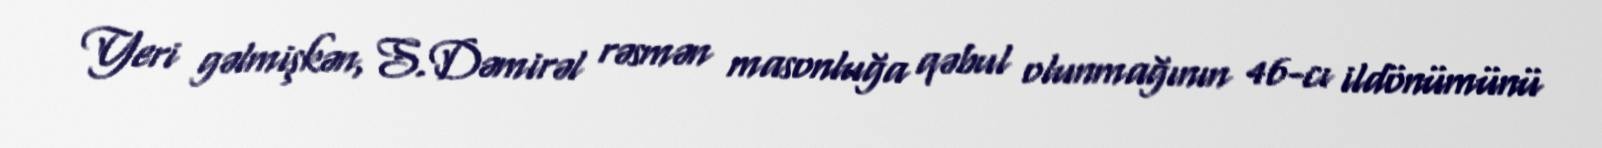
Yeri gəlmişkən, S.Dəmirəl rəsmən masonluğa qəbul olunmağının 46-cı ildönümünü